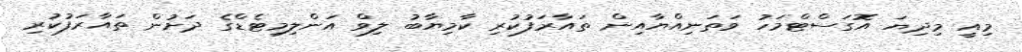
މިއީ މިދިޔަ އޮގަސްޓްމަހު ވަތަނިއްޔާއިން ތައާރަފުކުރި ކާމިޔާބު ލިވް އަންލިމިޓެޑްގެ ދަށުން ތައާރަފުކުރި